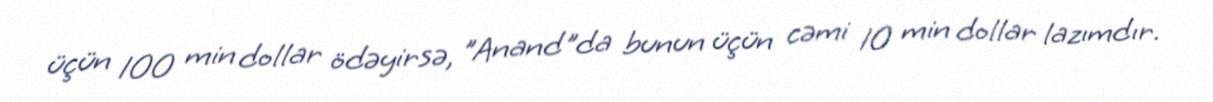
üçün 100 min dollar ödəyirsə, "Anand"da bunun üçün cəmi 10 min dollar lazımdır.